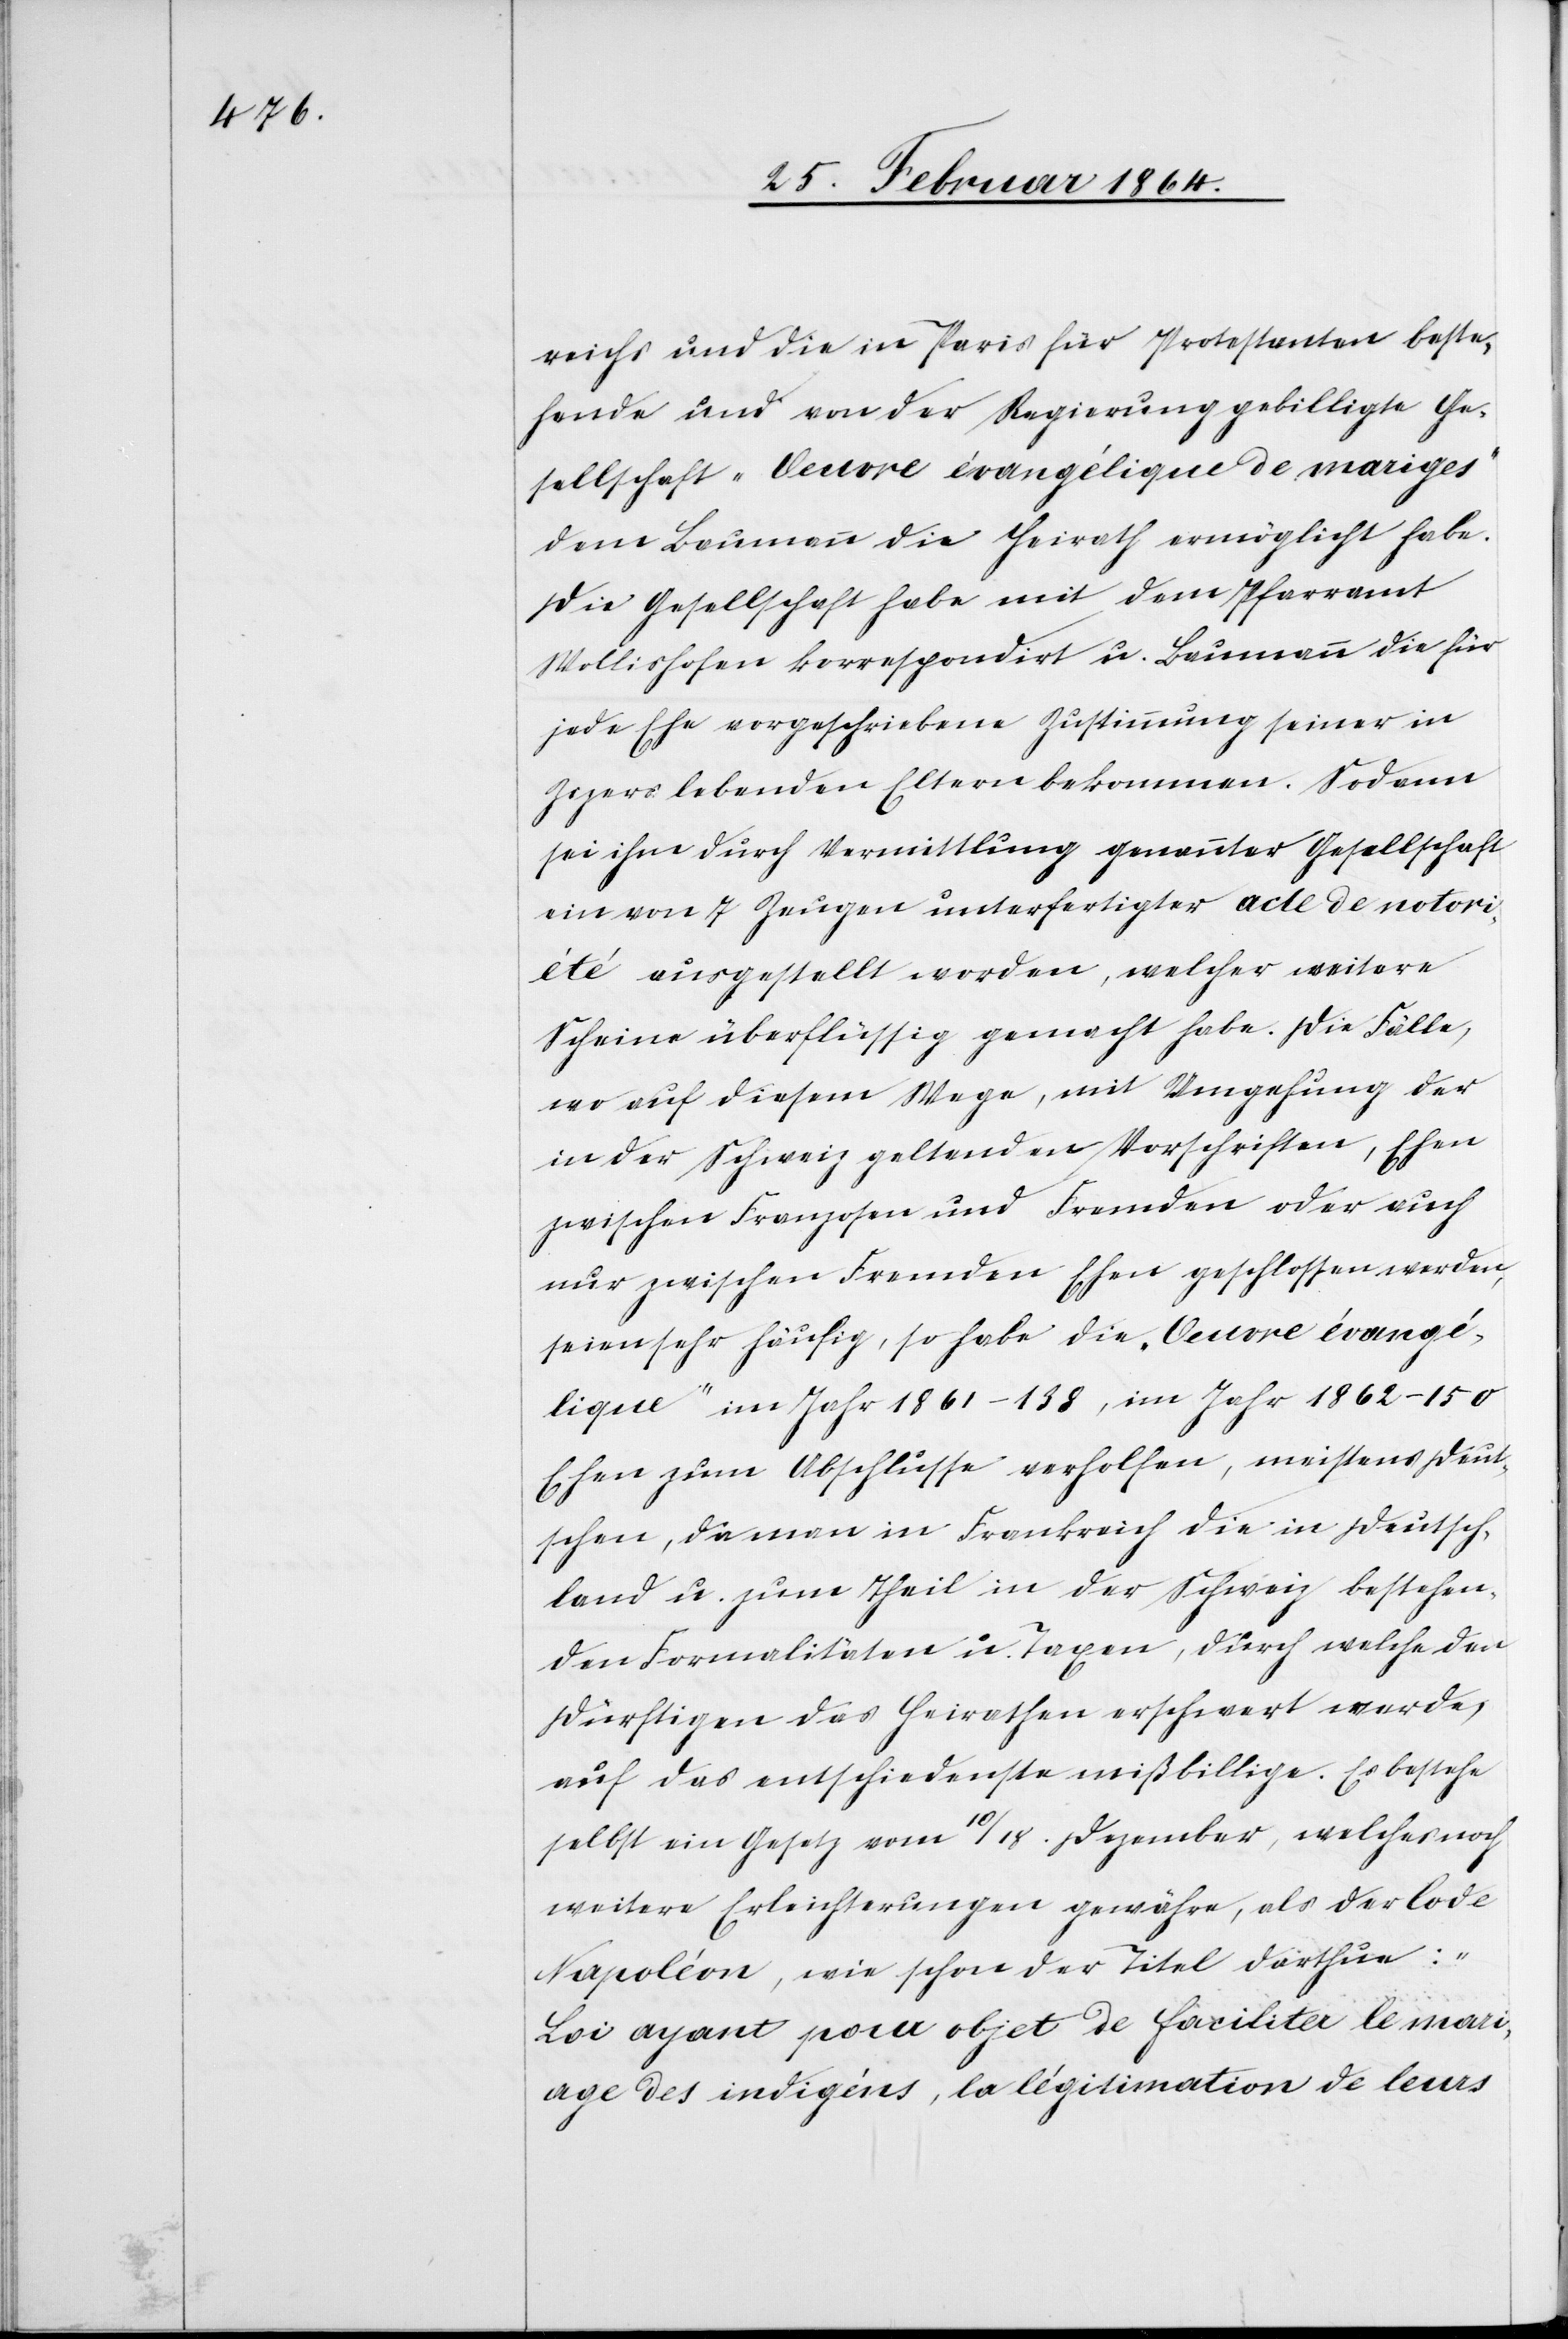
reichs und die in Paris für Protestanten beste¬
hende und von der Regierung gebilligte Ge¬
sellschaft „Oeuvre évangélique de mariges“
dem Baumann die Heirath ermöglicht habe.
Die Gesellschaft habe mit dem Pfarramt
Wollishofen korrespondirt u. Baumann die für
jede Ehe vorgeschriebene Zustimmung seiner in
Zizers lebenden Eltern bekommen. Sodann
sei ihm durch Vermittlung genannter Gesellschaft
ein von 7 Zeugen unterfertigter acte de notor¬
iété ausgestellt worden, welcher weitere
Scheine überflüssig gemacht habe. Die Fälle,
wo auf diesem Wege, mit Umgehung der
in der Schweiz geltenden Vorschriften, Ehen
zwischen Franzosen und Fremden oder auch
nur zwischen Fremden Ehen geschlossen werden,
seien sehr häufig, so habe die „Oeuvre évangé¬
lique“ im Jahr 1861 – 138, im Jahr 1862 – 150
Ehen zum Abschlusse verholfen, meistens Deut¬
schen, da man in Frankreich die in Deutsch¬
land u. zum Theil in der Schweiz bestehen¬
den Formalitäten u. Taxen, durch welche den
Dürftigen das Heirathen erschwert werde,
auf das entschiedenste mißbillige. Es bestehe
selbst ein Gesetz vom 10/18. Dezember, welches noch
weitere Erleichterungen gewähre, als der Code
Napoléon, wie schon der Titel darthue:
„Loi ayant pour objet de faciliter le mari¬
age des indigéns, la légitimation de leurs